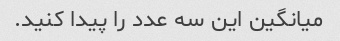
میانگین این سه عدد را پیدا کنید.